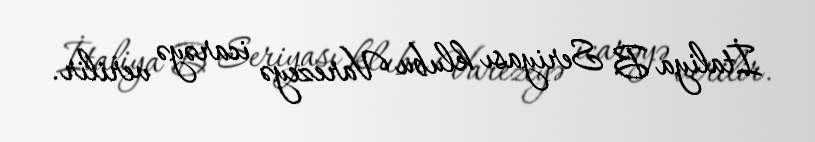
İtaliya B Seriyası klubu Varezeyə icarəyə verilir.